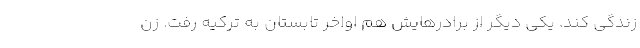
زندگی کند. یکی دیگر از برادرهایش هم اواخر تابستان به ترکیه رفت. زن